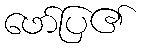
ဖော်ပြ၏